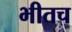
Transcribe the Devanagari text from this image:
भीतच